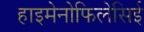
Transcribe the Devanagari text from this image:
हाइमेनोफिलेसिई